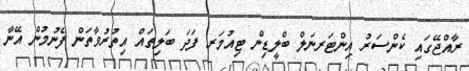
ރާއްޖޭގައި ކެންސަރު އިންޓަރނަލް ބްލީޑިން ޓިއުމަރ ފަދަ ބަލިތައް އިތުރުވާތަން ފެނުމުން އޭނާ